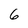
Character: 6